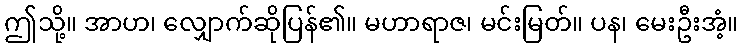
ဤသို့။ အာဟ၊ လျှောက်ဆိုပြန်၏။ မဟာရာဇ၊ မင်းမြတ်။ ပန၊ မေးဦးအံ့။